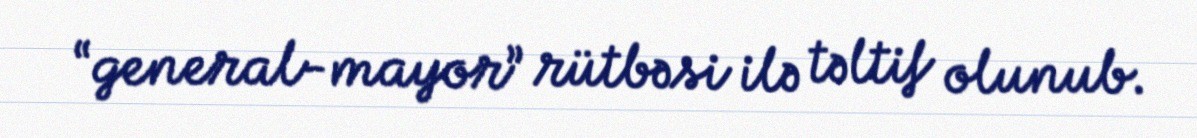
“general-mayor” rütbəsi ilə təltif olunub.